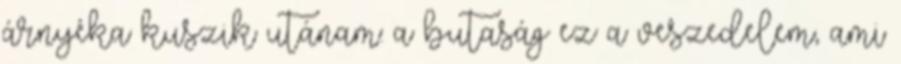
árnyéka kuszik utánam: a butaság ez a veszedelem, ami